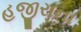
હજીરાના